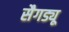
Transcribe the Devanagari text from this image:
सैगड्यू